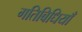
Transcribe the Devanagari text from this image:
गतिबिधियाँ